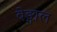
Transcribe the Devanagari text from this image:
बेङ्गाल